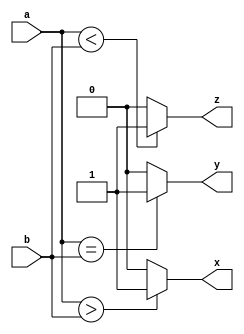
`timescale 1ns / 1ps
//////////////////////////////////////////////////////////////////////////////////
// Company: 
// Engineer: 
// 
// Design Name: 
// Module Name: comparator_4bit
// Project Name: 
// Target Devices: 
// Tool Versions: 
// Description: 
// 
// Dependencies: 
// 
// Revision:
// Revision 0.01 - File Created
// Additional Comments:
// 
//////////////////////////////////////////////////////////////////////////////////


module comparator_4bit(a, b, x, y, z);

input [3:0] a, b;
output x, y, z;

assign x = (a > b) ? 1'b1 : 1'b0;
assign y = (a == b) ? 1'b1 : 1'b0;
assign z = (a < b) ? 1'b1 : 1'b0;

endmodule